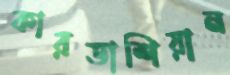
কারডাশিয়ান